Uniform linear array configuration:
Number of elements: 48
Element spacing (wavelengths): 0.75
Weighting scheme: hamming
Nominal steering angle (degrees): -15
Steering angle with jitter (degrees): -15.874
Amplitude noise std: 0.05
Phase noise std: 0.05

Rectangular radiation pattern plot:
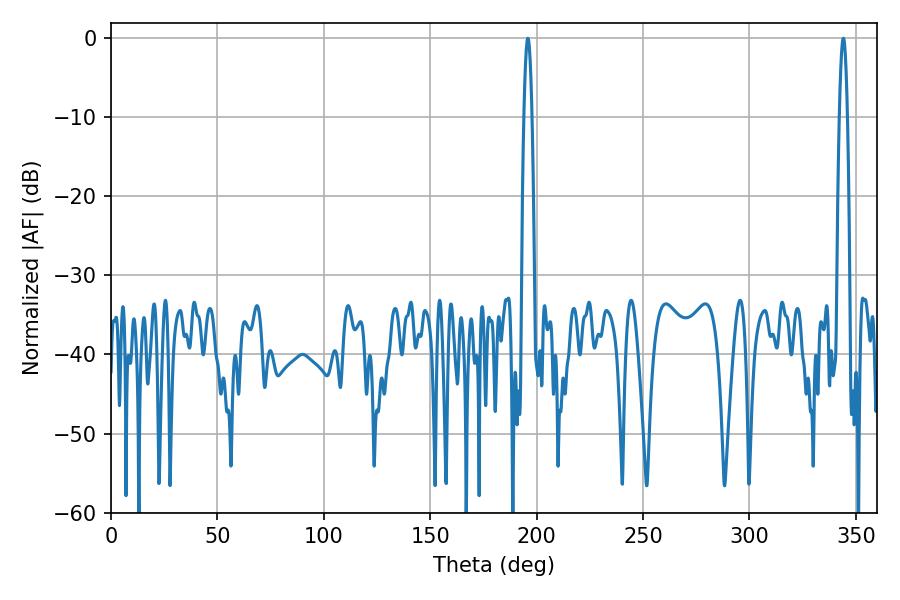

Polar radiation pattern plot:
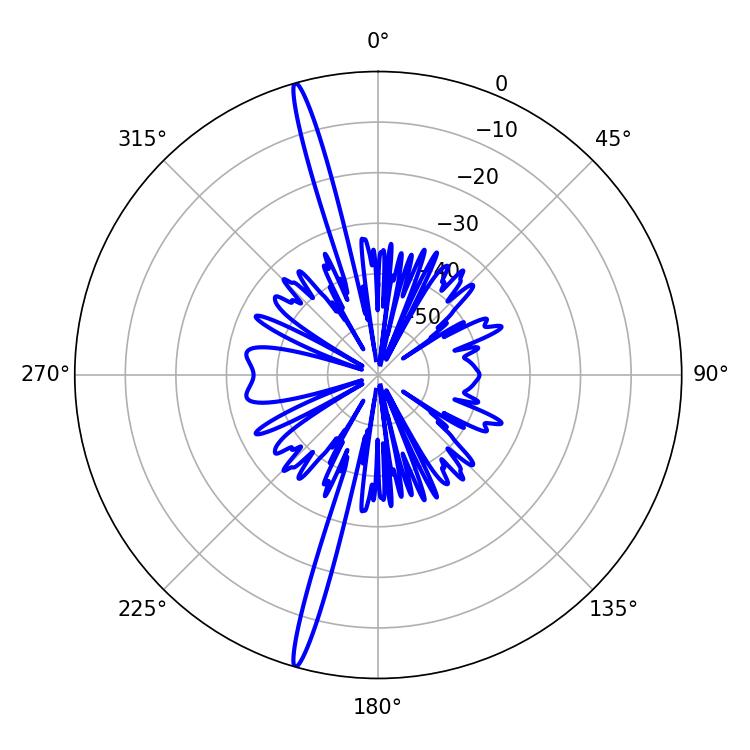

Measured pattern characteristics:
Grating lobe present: TRUE
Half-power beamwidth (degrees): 1.98
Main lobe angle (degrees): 195.84